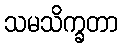
သမသိက္ခတာ